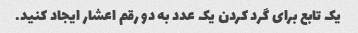
یک تابع برای گرد کردن یک عدد به دو رقم اعشار ایجاد کنید.